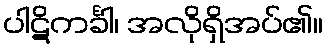
ပါဋိကင်္ခါ၊ အလိုရှိအပ်၏။